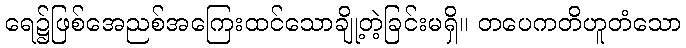
ရေ၌ဖြစ်အေညစ်အကြေးထင်သောချို့တဲ့ခြင်းမရှိ။ တပေကတိဟူတံသော